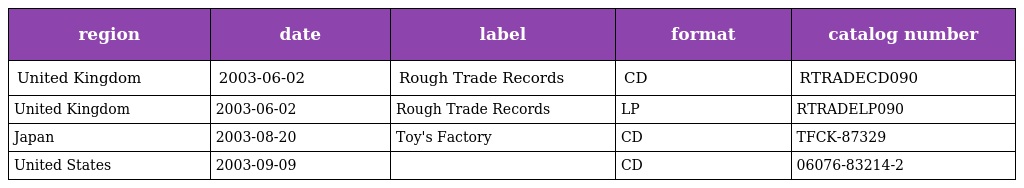
| region | date | label | format | catalog number |
 | --- | --- | --- | --- | --- |
 | United Kingdom | 2003-06-02 | Rough Trade Records | CD | RTRADECD090 |
 | United Kingdom | 2003-06-02 | Rough Trade Records | LP | RTRADELP090 |
 | Japan | 2003-08-20 | Toy's Factory | CD | TFCK-87329 |
 | United States | 2003-09-09 |  | CD | 06076-83214-2 |